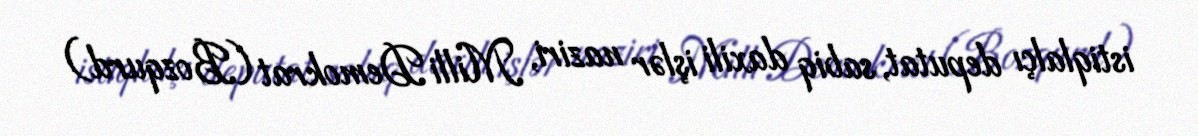
istiqlalçı deputat, sabiq daxili işlər naziri, Milli Demokrat (Bozqurd)